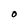
Character: O